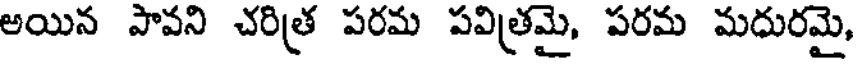
అయిన పావని చరిత్ర పరమ పవిత్రమై, పరమ మధురమై,